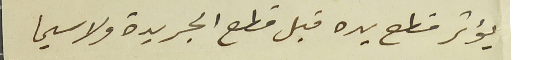
يؤثر قطع يده قبل قطع الجريدة ولا سيما